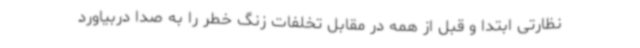
نظارتی ابتدا و قبل از همه در مقابل تخلفات زنگ خطر را به صدا دربیاورد